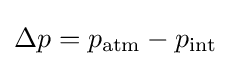
\Delta p=p_{\rm {atm}}-p_{\rm {int}}